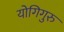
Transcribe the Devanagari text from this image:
योगिगुरु